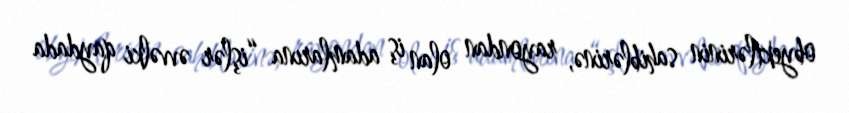
obyektlərinin sahiblərinə, rayondan olan iş adamlarına “işlər əvvəlki qaydada